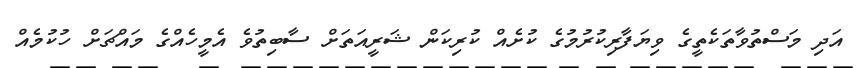
އަދި މަސްތުވާތަކެތީގެ ވިޔަފާރިކުރުމުގެ ކުށެއް ކުރިކަން ޝަރީއަތަށް ސާބިތުވެ އެމީހެއްގެ މައްޗަށް ހުކުމެއް